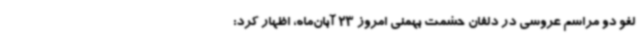
لغو دو مراسم عروسی در دلفان حشمت بهمنی امروز 23 آبان‌ماه، اظهار کرد: